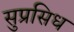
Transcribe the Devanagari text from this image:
सुप्रसिध